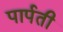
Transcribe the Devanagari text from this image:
पार्पती